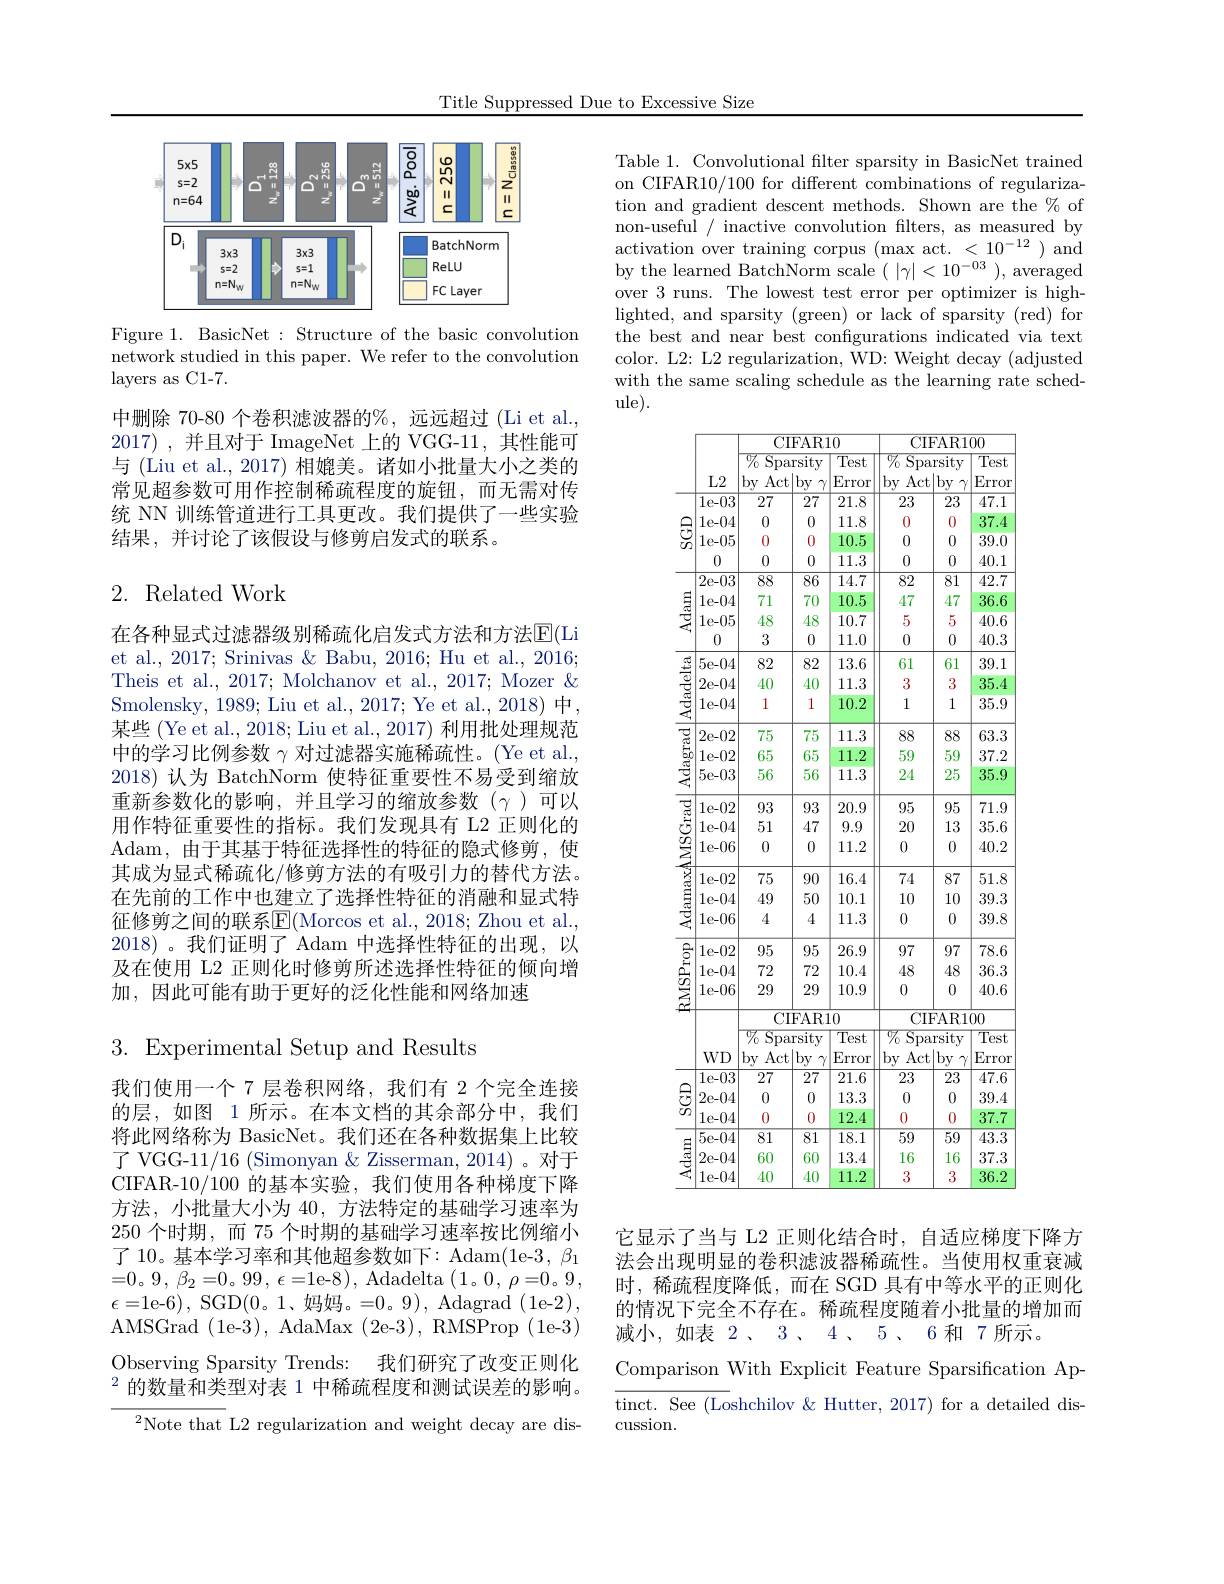
Title Suppressed Due to Excessive Size

<FigureHere>

Figure 1. BasicNet: Structure of the basic convolution network studied in this paper. We refer to the convolution layers as C1-7.

中删除 70-80 个卷积滤波器的%, 远远超过 (Li et al., 2017) ,并且对于 ImageNet 上的 VGG-11, 其性能可与 (Liu et al., 2017) 相媲美。诸如小批量大小之类的常见超参数可用作控制稀疏程度的旋钮，而无需对传统 NN 训练管道进行工具更改。我们提供了一些实验结果，并讨论了该假设与修剪启发式的联系。

## 2. Related Work

在各种显式过滤器级别稀疏化启发式方法和方法$\mathbb{E}($Li et al., 2017; Srinivas & Babu, 2016; Hu et al., 2016; Theis et al., 2017; Molchanov et al., 2017; Mozer & Smolensky, 1989; Liu et al., 2017; Ye et al., 2018) 中， 某些 (Ye et al., 2018; Liu et al., 2017) 利用批处理规范中的学习比例参数$\gamma$对过滤器实施稀疏性。(Ye et al., 2018) 认为 BatchNorm 使特征重要性不易受到缩放重新参数化的影响，并且学习的缩放参数($\gamma)可以$ 用作特征重要性的指标。我们发现具有 L2 正则化的Adam,由于其基于特征选择性的特征的隐式修剪，使其成为显式稀疏化/修剪方法的有吸引力的替代方法。在先前的工作中也建立了选择性特征的消融和显式特征修剪之间的联系$\overline{\mathbb{E}}($Morcos et al., 2018; Zhou et al., 2018)。我们证明了 Adam 中选择性特征的出现，以及在使用 L2 正则化时修剪所述选择性特征的倾向增加，因此可能有助于更好的泛化性能和网络加速

$3.{\mathrm{Experimental~Setup~and~Results}}$

我们使用一个 7 层卷积网络，我们有 2 个完全连接的层，如图 1 所示。在本文档的其余部分中，我们将此网络称为 BasicNet。我们还在各种数据集上比较了 VGG-11/16 (Simonyan & Zisserman, 2014)。对于CIFAR-10/100 的基本实验，我们使用各种梯度下降方法，小批量大小为 40, 方法特定的基础学习速率为250个时期，而 75 个时期的基础学习速率按比例缩小$\begin{array}{l}{\text{了 10。基本学习率和其他超参数如下：Adam(1e-3, }\beta_{1}}\\{=0\mathrm{。9~,~}\beta_{2}=0\mathrm{。99~,~}\epsilon=1\mathrm{e-8}),\mathrm{~Adadelta~}(1\mathrm{。0~,~\rho=0~。9~,}\end{array}}\\$ AMSGrad (1e-3), AdaMax (2e-3), RMSProp (1e-3) Observing Sparsity Trends: 我们研究了改变正则化$^2$的数量和类型对表 1 中稀疏程度和测试误差的影响。
$^{2}$Note that L2 regularization and weight decay are dis-

Table 1. Convolutional filter sparsity in BasicNet trained on CIFAR10/100 for different combinations of regularization and gradient descent methods. Shown are the $\%$ of non-useful / inactive convolution flters, as measured by activation over training corpus $(\max$act. <10$^-12)$ and by the learned BatchNorm scale $(\begin{array}{c}|\gamma|<10^{-03}\end{array})$, averaged over 3 runs. The lowest test error per optimizer is highlighted, and sparsity ( green) or lack of sparsity ( red) for the best and near best configurations indicated via text color. L2: L2 regularization, WD: Weight decay (adjusted with the same scaling schedule as the learning rate schedule).

<table>
	<tbody>
		<tr>
			<th> </th>
			<th rowspan="5">$L2$ 1e-03 1e-04 $1e-05$</th>
			<th colspan="3">CIFAR10</th>
			<th colspan="3">CIFAR100</th>
		</tr>
		<tr>
			<th> </th>
			<th colspan="2">$\overline{\%}$ Sparsity </th>
			<th>$\overline{\mathrm{Test}}$ Error</th>
			<th colspan="2">${\overline{\%}}$ $\mathop{\mathrm{Sparsity}}$</th>
			<th>$\overline{\mathrm{Test}}$ Error</th>
		</tr>
		<tr>
			<td rowspan="4">$ਉ$</td>
			<td>27</td>
			<td>$\overline{27}$</td>
			<td>$\overline{21.8}$</td>
			<td>$\overline{23}$</td>
			<td>$\overline{23}$</td>
			<td>$\overline{47.1}$</td>
		</tr>
		<tr>
			<td>0</td>
			<td>0</td>
			<td>11.8</td>
			<td>0</td>
			<td>0</td>
			<td>37.4</td>
		</tr>
		<tr>
			<td>0</td>
			<td>0</td>
			<td>10.5</td>
			<td>0</td>
			<td>0</td>
			<td>39.0</td>
		</tr>
		<tr>
			<td>0</td>
			<td>0</td>
			<td>0</td>
			<td>11.3</td>
			<td>0</td>
			<td>0</td>
			<td>40.1</td>
		</tr>
		<tr>
			<td rowspan="3">$\frac{3}{2}$</td>
			<td>2e-03</td>
			<td>88</td>
			<td>$\overline{86}$</td>
			<td>14.7</td>
			<td>82</td>
			<td>$\overline{81}$</td>
			<td>$\overline{42.7}$</td>
		</tr>
		<tr>
			<td>1e-04</td>
			<td>71</td>
			<td>70</td>
			<td>10.5</td>
			<td>47</td>
			<td>47</td>
			<td>36.6</td>
		</tr>
		<tr>
			<td>$1e-05$</td>
			<td>48</td>
			<td>48</td>
			<td>10.7</td>
			<td>5</td>
			<td>5</td>
			<td>40.6</td>
		</tr>
		<tr>
			<td> </td>
			<td>0</td>
			<td>3</td>
			<td>0</td>
			<td>11.0</td>
			<td>0</td>
			<td>0</td>
			<td>40.3</td>
		</tr>
		<tr>
			<td rowspan="3">Adadelta</td>
			<td>5e-04</td>
			<td>82</td>
			<td>82</td>
			<td>13.6</td>
			<td>61</td>
			<td>61</td>
			<td>39.1</td>
		</tr>
		<tr>
			<td>2e-04</td>
			<td>40</td>
			<td>40</td>
			<td>11.3</td>
			<td>3</td>
			<td>3</td>
			<td>35.4</td>
		</tr>
		<tr>
			<td>1e-04</td>
			<td>1</td>
			<td>1</td>
			<td>10.2</td>
			<td>1</td>
			<td>1</td>
			<td>35.9</td>
		</tr>
		<tr>
			<td rowspan="3"> </td>
			<td>2e-02</td>
			<td>75</td>
			<td>75</td>
			<td>11.3</td>
			<td>88</td>
			<td>88</td>
			<td>63.3</td>
		</tr>
		<tr>
			<td>1e-02</td>
			<td>65</td>
			<td>65</td>
			<td>11.2</td>
			<td>59</td>
			<td>59</td>
			<td>37.2</td>
		</tr>
		<tr>
			<td>5e-03</td>
			<td>56</td>
			<td>56</td>
			<td>11.3</td>
			<td>24</td>
			<td>25</td>
			<td>35.9</td>
		</tr>
		<tr>
			<td rowspan="7">$\operatorname{lamaxAMSGrad}$</td>
			<td>1e-02</td>
			<td>93</td>
			<td>93</td>
			<td>20.9</td>
			<td>95</td>
			<td>95</td>
			<td>71.9</td>
		</tr>
		<tr>
			<td>-UZ LU MI</td>
			<td> 51</td>
			<td>300 $\frac{1}{2}$ 1</td>
			<td>$\angle U.9$</td>
			<td></td>
			<td>yij 1 2</td>
			<td>1 114 25</td>
		</tr>
		<tr>
			<td>1e-04</td>
			<td>51</td>
			<td>47</td>
			<td>9.9</td>
			<td>20</td>
			<td>13</td>
			<td>35.6</td>
		</tr>
		<tr>
			<td>1e-06</td>
			<td>0</td>
			<td>0</td>
			<td>11.2</td>
			<td>0</td>
			<td>0</td>
			<td>40.2</td>
		</tr>
		<tr>
			<td>$1e-02$</td>
			<td>75</td>
			<td>90</td>
			<td>16.4</td>
			<td>74</td>
			<td>87</td>
			<td>51.8</td>
		</tr>
		<tr>
			<td>1e-04</td>
			<td>49</td>
			<td>50</td>
			<td>10.1</td>
			<td>10</td>
			<td>10</td>
			<td>39.3</td>
		</tr>
		<tr>
			<td>1e-04</td>
			<td>49</td>
			<td>50</td>
			<td>10.1</td>
			<td>10</td>
			<td>10</td>
			<td>39.3</td>
		</tr>
		<tr>
			<td rowspan="6">$ਝ$ RMSProp</td>
			<td>$1e-06$</td>
			<td>4</td>
			<td>4</td>
			<td>11.3</td>
			<td>0</td>
			<td>0</td>
			<td>39.8</td>
		</tr>
		<tr>
			<td>1e-02</td>
			<td>95</td>
			<td>95</td>
			<td>26.9</td>
			<td>97</td>
			<td>97</td>
			<td>78.6</td>
		</tr>
		<tr>
			<td>1e-04</td>
			<td>72</td>
			<td>72</td>
			<td>10.4</td>
			<td>48</td>
			<td>48</td>
			<td>36.3</td>
		</tr>
		<tr>
			<td>1e-06</td>
			<td>29</td>
			<td>29</td>
			<td>10.9</td>
			<td>0</td>
			<td>0</td>
			<td>40.6</td>
		</tr>
		<tr>
			<td> </td>
			<td>$\overline{CI}$</td>
			<td>FAR</td>
			<td>0</td>
			<td colspan="3">CIFAR100</td>
		</tr>
		<tr>
			<td>$WD$</td>
			<td colspan="3">$\operatorname{lest}$ 11</td>
			<td>$V_{0}$Spa: $by$ Act</td>
			<td>$\overline{\mathrm{rsity}}$ by $\gamma$ </td>
			<td>$\overline{\mathrm{Test}}$ Error</td>
		</tr>
		<tr>
			<td rowspan="3">$\undergroup{\Xi}_{n}$</td>
			<td>$\overline{1\text{e-03}}$</td>
			<td>27</td>
			<td>$\overline{27}$</td>
			<td>$\overline{21.6}$</td>
			<td>$\overline{23}$</td>
			<td>$\overline{23}$</td>
			<td>$\overline{47.6}$</td>
		</tr>
		<tr>
			<td>2e-04</td>
			<td>0</td>
			<td>0</td>
			<td>13.3</td>
			<td>0</td>
			<td>0</td>
			<td>39.4</td>
		</tr>
		<tr>
			<td>1e-04</td>
			<td>0</td>
			<td>0</td>
			<td>12.4</td>
			<td>0</td>
			<td>0</td>
			<td>37.7</td>
		</tr>
		<tr>
			<td rowspan="3">$\frac{3}{3}$</td>
			<td>5e-04</td>
			<td>81</td>
			<td>$\overline{81}$</td>
			<td>$\overline{18.1}$</td>
			<td>$\overline{59}$</td>
			<td>$\overline{59}$</td>
			<td>$\overline{43.3}$</td>
		</tr>
		<tr>
			<td>2e-04</td>
			<td>60</td>
			<td>60</td>
			<td>13.4</td>
			<td>16</td>
			<td>16</td>
			<td>37.3</td>
		</tr>
		<tr>
			<td>1e-04</td>
			<td>40</td>
			<td>40</td>
			<td>11.2</td>
			<td>3</td>
			<td>3</td>
			<td>36.2</td>
		</tr>
	</tbody>
</table>

它显示了当与 L2 正则化结合时，自适应梯度下降方法会出现明显的卷积滤波器稀疏性。当使用权重衰减时，稀疏程度降低，而在 SGD 具有中等水平的正则化的情况下完全不存在。稀疏程度随着小批量的增加而减小，如表 2、3、4、5、6和 7所示。
Comparison With Explicit Feature Sparsification Aptinct. See (Loshchilov &Hutter, 2017) for a detailed discussion.